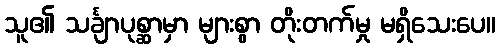
သူ၏ သင်္ချာပုစ္ဆာမှာ များစွာ တိုးတက်မှု မရှိသေးပေ။